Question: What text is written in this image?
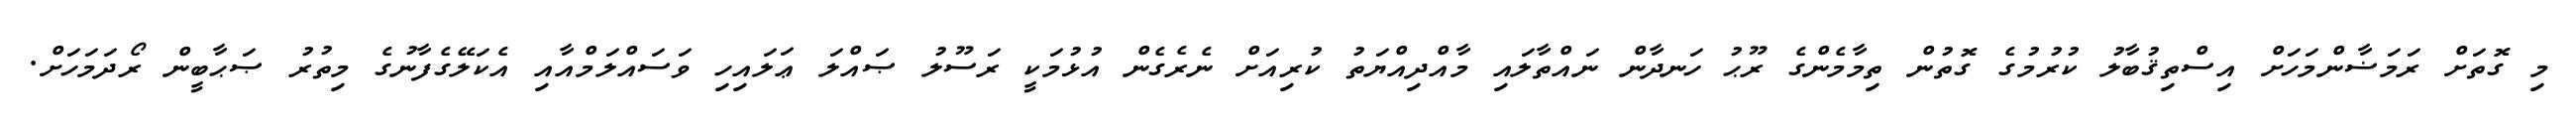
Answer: މި ގޮތަށް ރަމަޟާންމަހަށް އިސްތިޤުބާލު ކުރުމުގެ ގޮތުން ތިމާމެންގެ ރޫޙު ހަނދާން ނައްތާލައި މާއްދިއްޔަތު ކުރިއަށް ނެރެގެން އުޅުމަކީ ރަސޫލު ޞައްލަ ޢަލައިހި ވަސައްލަމްއާއި އެކަލޭގެފާނުގެ މިތުރު ޞަޙާބީން ރޯދަމަހަށް.